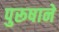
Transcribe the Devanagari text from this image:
पुरूषाने